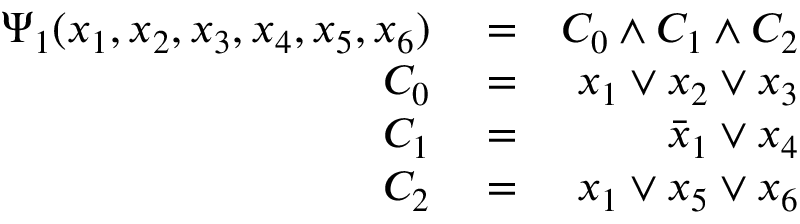
\begin{array} { r l r } { \Psi _ { 1 } ( x _ { 1 } , x _ { 2 } , x _ { 3 } , x _ { 4 } , x _ { 5 } , x _ { 6 } ) } & { { } = } & { C _ { 0 } \wedge C _ { 1 } \wedge C _ { 2 } } \\ { C _ { 0 } } & { { } = } & { x _ { 1 } \vee x _ { 2 } \vee x _ { 3 } } \\ { C _ { 1 } } & { { } = } & { \bar { x } _ { 1 } \vee x _ { 4 } } \\ { C _ { 2 } } & { { } = } & { x _ { 1 } \vee x _ { 5 } \vee x _ { 6 } } \end{array}